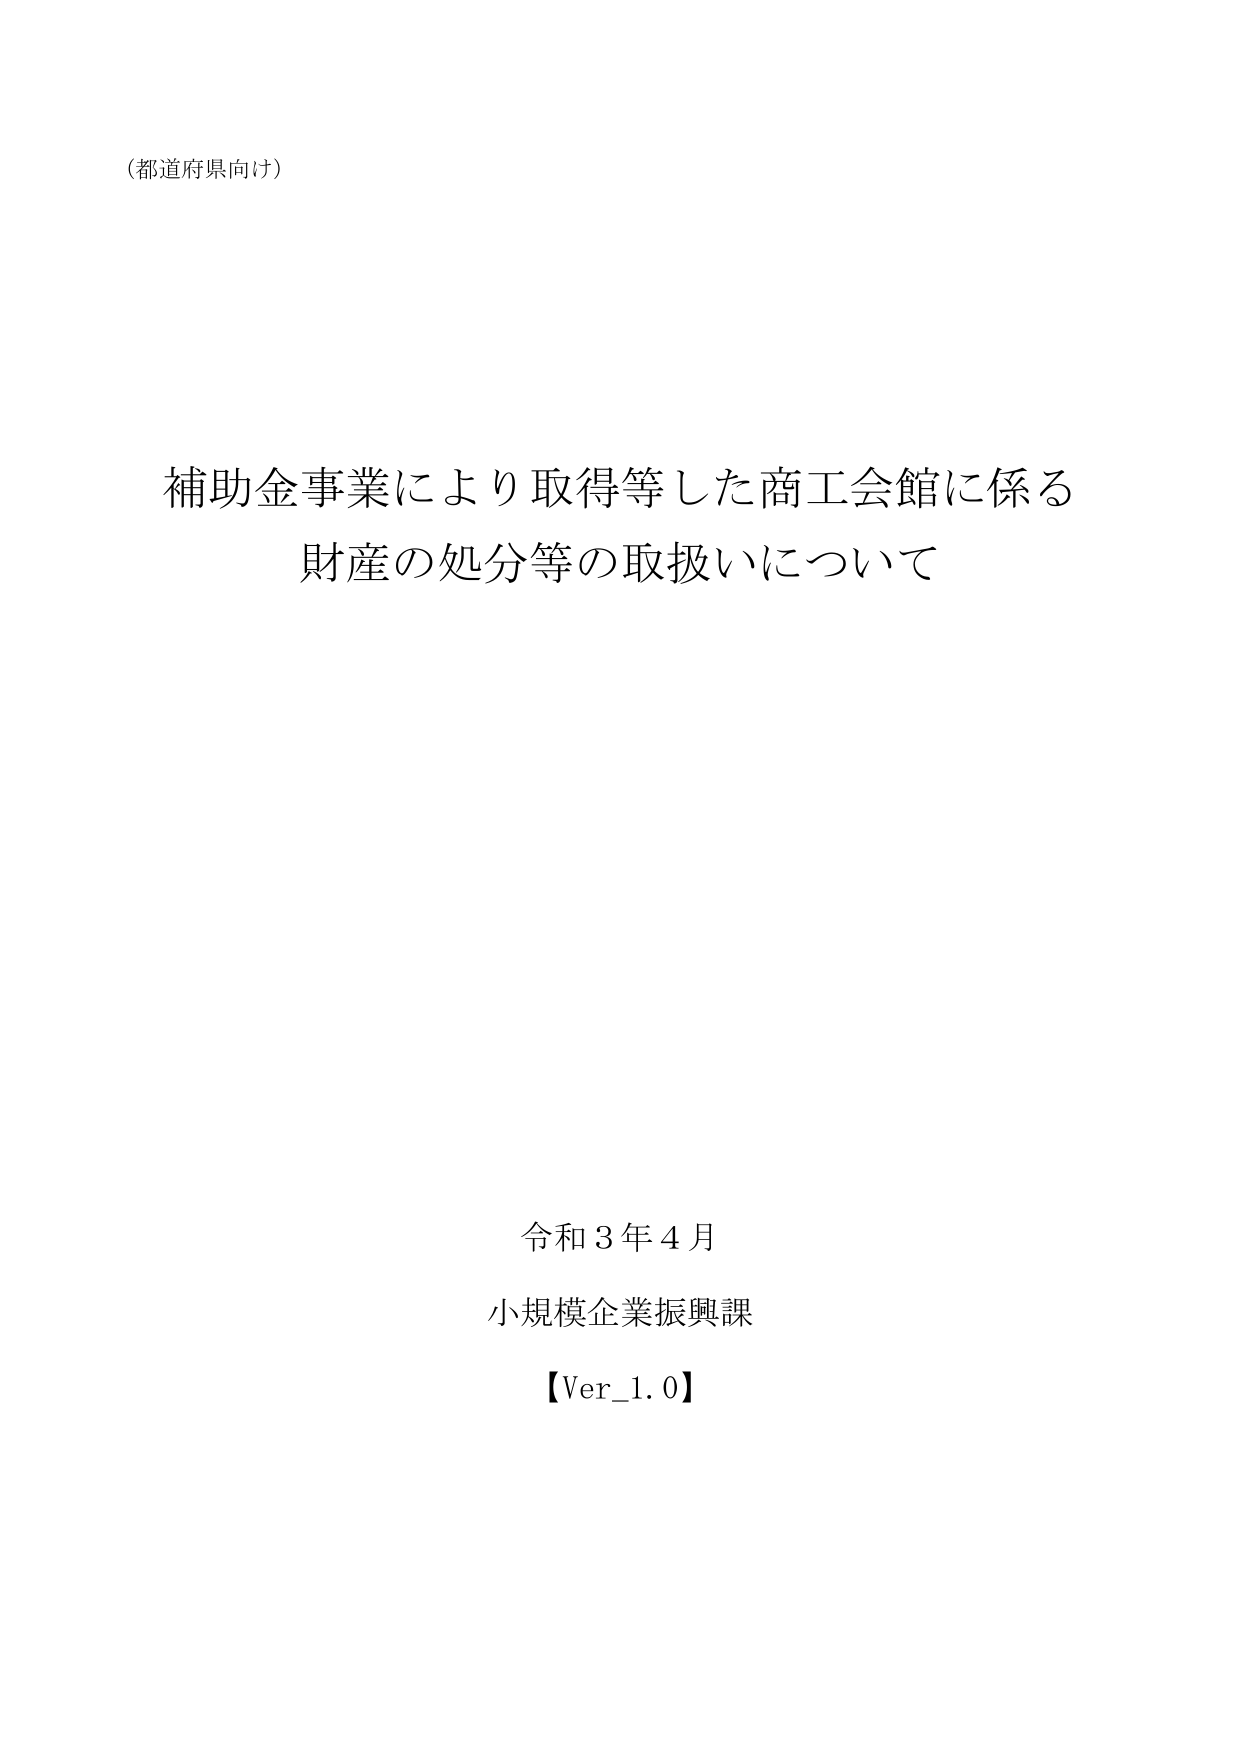
（都道府県向け）

補助金事業により取得等した商工会館に係る
財産の処分等の取扱いについて

令和３年４月
小規模企業振興課
【Ver_1.0】